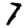
Digit: 7